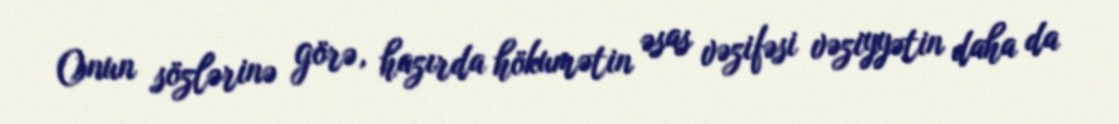
Onun sözlərinə görə, hazırda hökumətin əsas vəzifəsi vəziyyətin daha da